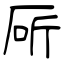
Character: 厛